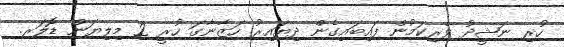
ހުރި ނަޝީދު ވެރިކަމުން ފައިބައިގެން ދިޔައިރު ހަޒާނާގަ ހުރީ 2 މިލިޔަން ޑޮލަރ.